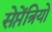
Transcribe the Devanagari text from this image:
सेप्तेंत्रियो